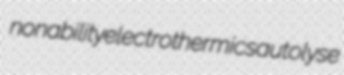
nonability electrothermics autolyse